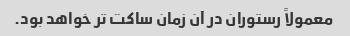
معمولاً رستوران در آن زمان ساکت تر خواهد بود.